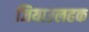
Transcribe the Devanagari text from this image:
जियाउलहक